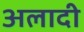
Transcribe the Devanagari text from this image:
अलादी